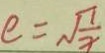
e = \sqrt { \frac { 1 } { x } }